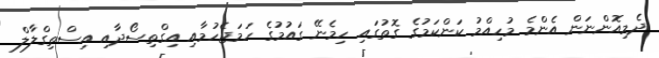
ދެމިއޮންނަން އެންމެ މުހިއްމު ކަންކަމުގެ ގޮތުގައި ހިމެނޭ ގައުމުގެ ހަމަޖެހުމާއި އިގްތިސޯދާއި އިސްތިގްލާލް